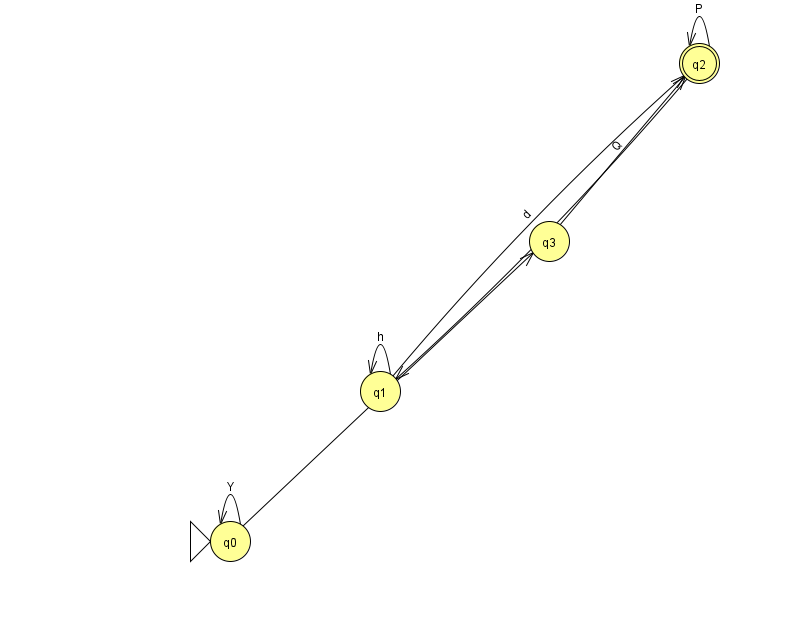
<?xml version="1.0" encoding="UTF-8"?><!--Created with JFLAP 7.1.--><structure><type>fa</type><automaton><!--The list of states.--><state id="0" name="q0"><x>230.0</x><y>528.0</y><initial/></state><state id="1" name="q1"><x>380.0</x><y>378.0</y></state><state id="2" name="q2"><x>699.0</x><y>50.0</y><final/></state><state id="3" name="q3"><x>549.0</x><y>228.0</y></state><!--The list of transitions.--><transition><from>2</from><to>2</to><read>P</read></transition><transition><from>2</from><to>1</to><read>c</read></transition><transition><from>3</from><to>2</to><read>Q</read></transition><transition><from>1</from><to>2</to><read>d</read></transition><transition><from>1</from><to>1</to><read>h</read></transition><transition><from>0</from><to>0</to><read>Y</read></transition><transition><from>0</from><to>3</to><read>x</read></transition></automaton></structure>